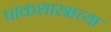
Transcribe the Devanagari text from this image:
पाकशास्त्राच्या